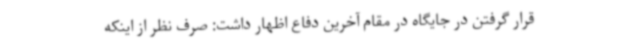
قرار گرفتن در جایگاه در مقام آخرین دفاع اظهار داشت: صرف نظر از اینکه